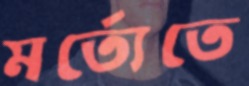
মর্ত্যেতে